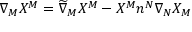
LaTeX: \nabla _ { M } X ^ { M } = \widetilde { \nabla } _ { M } X ^ { M } - X ^ { M } n ^ { N } \nabla _ { N } X _ { M }